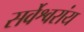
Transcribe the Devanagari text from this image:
सर्वेश्वरांय